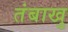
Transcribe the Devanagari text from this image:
तंबाखु